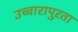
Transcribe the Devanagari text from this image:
उच्चारापुरता